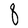
Character: q